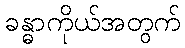
ခန္ဓာကိုယ်အတွက်